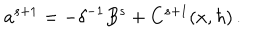
LaTeX: a ^ { s + 1 } = - \delta ^ { - 1 } B ^ { s } + C ^ { s + 1 } ( x , \hbar ) \, .